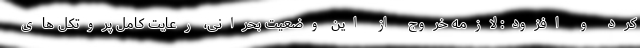
کرد و افزود: لازمه خروج از این وضعیت بحرانی، رعایت کامل پروتکل های